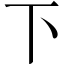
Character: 下